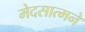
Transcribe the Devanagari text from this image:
मेदसात्मने